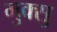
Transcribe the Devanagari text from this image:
मुक्सु